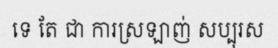
ទេ តែ ជា ការស្រឡាញ់ សប្បុរស